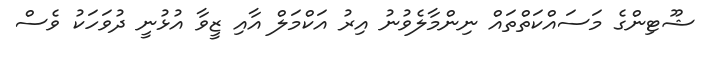
ޝޫޓިންގެ މަސައްކަތްތައް ނިންމާލެވުނު އިރު އަކްމަލް އާއި ޒީވާ އުޅުނީ ދުވަހަކު ވެސް